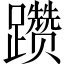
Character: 躜